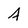
Character: A